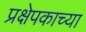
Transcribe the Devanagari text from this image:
प्रक्षेपकाच्या